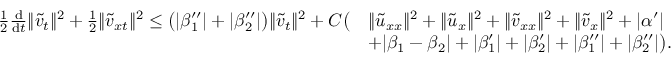
\begin{array} { r l } { \frac { 1 } { 2 } \frac { \mathrm { d } } { \mathrm { d } t } \| \tilde { v } _ { t } \| ^ { 2 } + \frac 1 2 \| \tilde { v } _ { x t } \| ^ { 2 } \le \big ( | \beta _ { 1 } ^ { \prime \prime } | + | \beta _ { 2 } ^ { \prime \prime } | \big ) \| \tilde { v } _ { t } \| ^ { 2 } + C \big ( } & { \| \tilde { u } _ { x x } \| ^ { 2 } + \| \tilde { u } _ { x } \| ^ { 2 } + \| \tilde { v } _ { x x } \| ^ { 2 } + \| \tilde { v } _ { x } \| ^ { 2 } + | \alpha ^ { \prime } | } \\ & { + | \beta _ { 1 } - \beta _ { 2 } | + | \beta _ { 1 } ^ { \prime } | + | \beta _ { 2 } ^ { \prime } | + | \beta _ { 1 } ^ { \prime \prime } | + | \beta _ { 2 } ^ { \prime \prime } | \big ) . } \end{array}